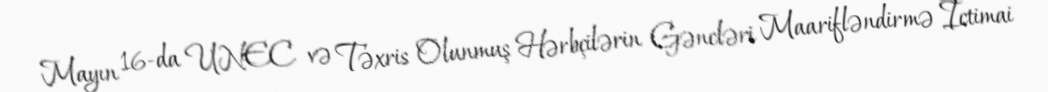
Mayın 16-da UNEC və Təxris Olunmuş Hərbçilərin Gəncləri Maarifləndirmə İctimai